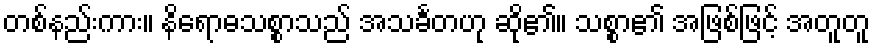
တစ်နည်းကား။ နိရောဓသစ္စာသည် အသင်္ခတဟု ဆို၏။ သစ္စာ၏ အဖြစ်ဖြင့် အတူတူ